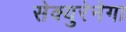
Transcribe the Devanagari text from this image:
सेक्युरेनेगा